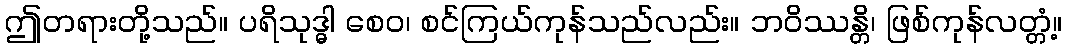
ဤတရားတို့သည်။ ပရိသုဒ္ဓါ စေဝ၊ စင်ကြယ်ကုန်သည်လည်း။ ဘဝိဿန္တိ၊ ဖြစ်ကုန်လတ္တံ့။